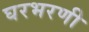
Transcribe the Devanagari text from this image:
घरभरणी